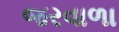
જરવાળા